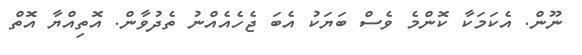
ނޫން. އެކަމަކާ ކޮންމެ ވެސް ބަޔަކު އެބަ ޖެހެއެއްނު ތެދުވާން. އޮތިއްޔާ އޮތް